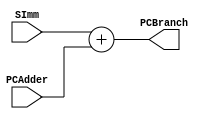
`timescale 1ns / 1ps
//////////////////////////////////////////////////////////////////////////////////
// Company: 
// Engineer: 
// 
// Design Name: 
// Module Name: PCBranch
// Project Name: 
// Target Devices: 
// Tool Versions: 
// Description: 
// 
// Dependencies: 
// 
// Revision:
// Revision 0.01 - File Created
// Additional Comments:
// 
//////////////////////////////////////////////////////////////////////////////////


module PCBranch #(parameter WL = 1)
                (input [WL - 1:0] SImm,
                input [WL - 1:0] PCAdder,
                    output [WL:0] PCBranch);
                    
    assign PCBranch = SImm + PCAdder;
    
endmodule